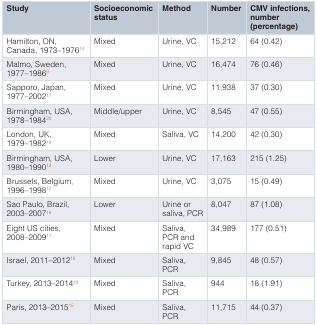
| Study | Socioeconomicstatus | Method | Number | CMV infections,number(percentage) |
 | --- | --- | --- | --- | --- |
 | Hamilton, ON,Canada, 1973–197614 | Mixed | Urine, VC | 15,212 | 64 (0.42) |
 | Malmo, Sweden,1977–19869 | Mixed | Urine, VC | 16,474 | 76 (0.46) |
 | Sapporo, Japan,1977–200217 | Mixed | Urine, VC | 11,938 | 37 (0.30) |
 | Birmingham, USA,1978–198420 | Middle/upper | Urine, VC | 8,545 | 47 (0.55) |
 | London, UK,1979–198218 | Mixed | Saliva, VC | 14,200 | 42 (0.30) |
 | Birmingham, USA,1980–199013 | Lower | Urine, VC | 17,163 | 215 (1.25) |
 | Brussels, Belgium,1996–199812 | Mixed | Urine, VC | 3,075 | 15 (0.49) |
 | Sao Paulo, Brazil,2003–200716 | Lower | Urine orsaliva, PCR | 8,047 | 87 (1.08) |
 | Eight US cities,2008–200911 | Mixed | Saliva,PCR andrapid VC | 34,989 | 177 (0.51) |
 | Israel, 2011–201210 | Mixed | Saliva,PCR | 9,845 | 48 (0.57) |
 | Turkey, 2013–201419 | Mixed | Saliva,PCR | 944 | 18 (1.91) |
 | Paris, 2013–201515 | Mixed | Saliva,PCR | 11,715 | 44 (0.37) |